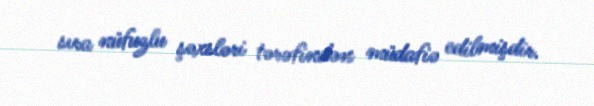
sıra nüfuzlu şəxsləri tərəfindən müdafiə edilmişdir.